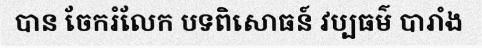
បាន ចែករំលែក បទពិសោធន៍ វប្បធម៌ បារាំង